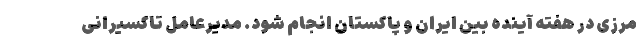
مرزی در هفته آینده بین ایران و پاکستان انجام شود. مدیرعامل تاکسیرانی